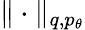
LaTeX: \| \cdot\| _{q,p_{\theta}}